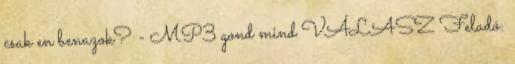
csak en benazok? - MP3 gond mind VÁLASZ Feladó: